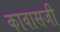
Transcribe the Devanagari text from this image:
कावासजी